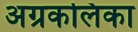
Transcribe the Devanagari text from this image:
अग्रकलिका